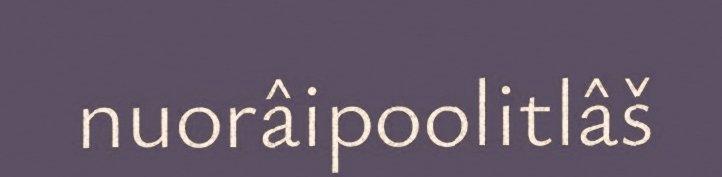
nuorâipoolitlâš